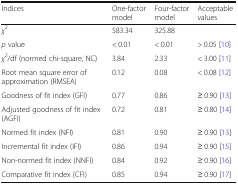
<table><thead><tr><td><b>Indices</b></td><td><b>One-factor model</b></td><td><b>Four-factor model</b></td><td><b>Acceptable values</b></td></tr></thead><tbody><tr><td><i>χ</i><sup>2</sup></td><td>583.34</td><td>325.88</td><td></td></tr><tr><td><i>p</i> value</td><td>&lt; 0.01</td><td>&lt; 0.01</td><td>&gt; 0.05 [10]</td></tr><tr><td><i>χ</i><sup>2</sup>/df (normed chi-square, NC)</td><td>3.84</td><td>2.33</td><td>&lt; 3.00 [11]</td></tr><tr><td>Root mean square error of approximation (RMSEA)</td><td>0.12</td><td>0.08</td><td>&lt; 0.08 [12]</td></tr><tr><td>Goodness of fit index (GFI)</td><td>0.77</td><td>0.86</td><td>≥ 0.90 [13]</td></tr><tr><td>Adjusted goodness of fit index (AGFI)</td><td>0.72</td><td>0.81</td><td>≥ 0.80 [14]</td></tr><tr><td>Normed fit index (NFI)</td><td>0.81</td><td>0.90</td><td>≥ 0.90 [13]</td></tr><tr><td>Incremental fit index (IFI)</td><td>0.86</td><td>0.94</td><td>≥ 0.90 [15]</td></tr><tr><td>Non-normed fit index (NNFI)</td><td>0.84</td><td>0.92</td><td>≥ 0.90 [16]</td></tr><tr><td>Comparative fit index (CFI)</td><td>0.85</td><td>0.94</td><td>≥ 0.90 [17]</td></tr></tbody></table>